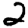
Digit: 2